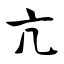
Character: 亢